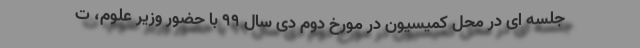
جلسه ای در محل کمیسیون در مورخ دوم دی سال ۹۹ با حضور وزیر علوم، ت